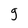
Character: g